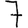
Digit: 7